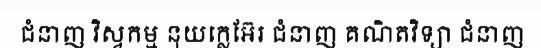
ជំនាញ វិស្វកម្ម នុយក្លេអ៊ែរ ជំនាញ គណិតវិទ្យា ជំនាញ